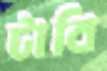
টাবি